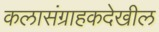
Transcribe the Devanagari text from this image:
कलासंग्राहकदेखील